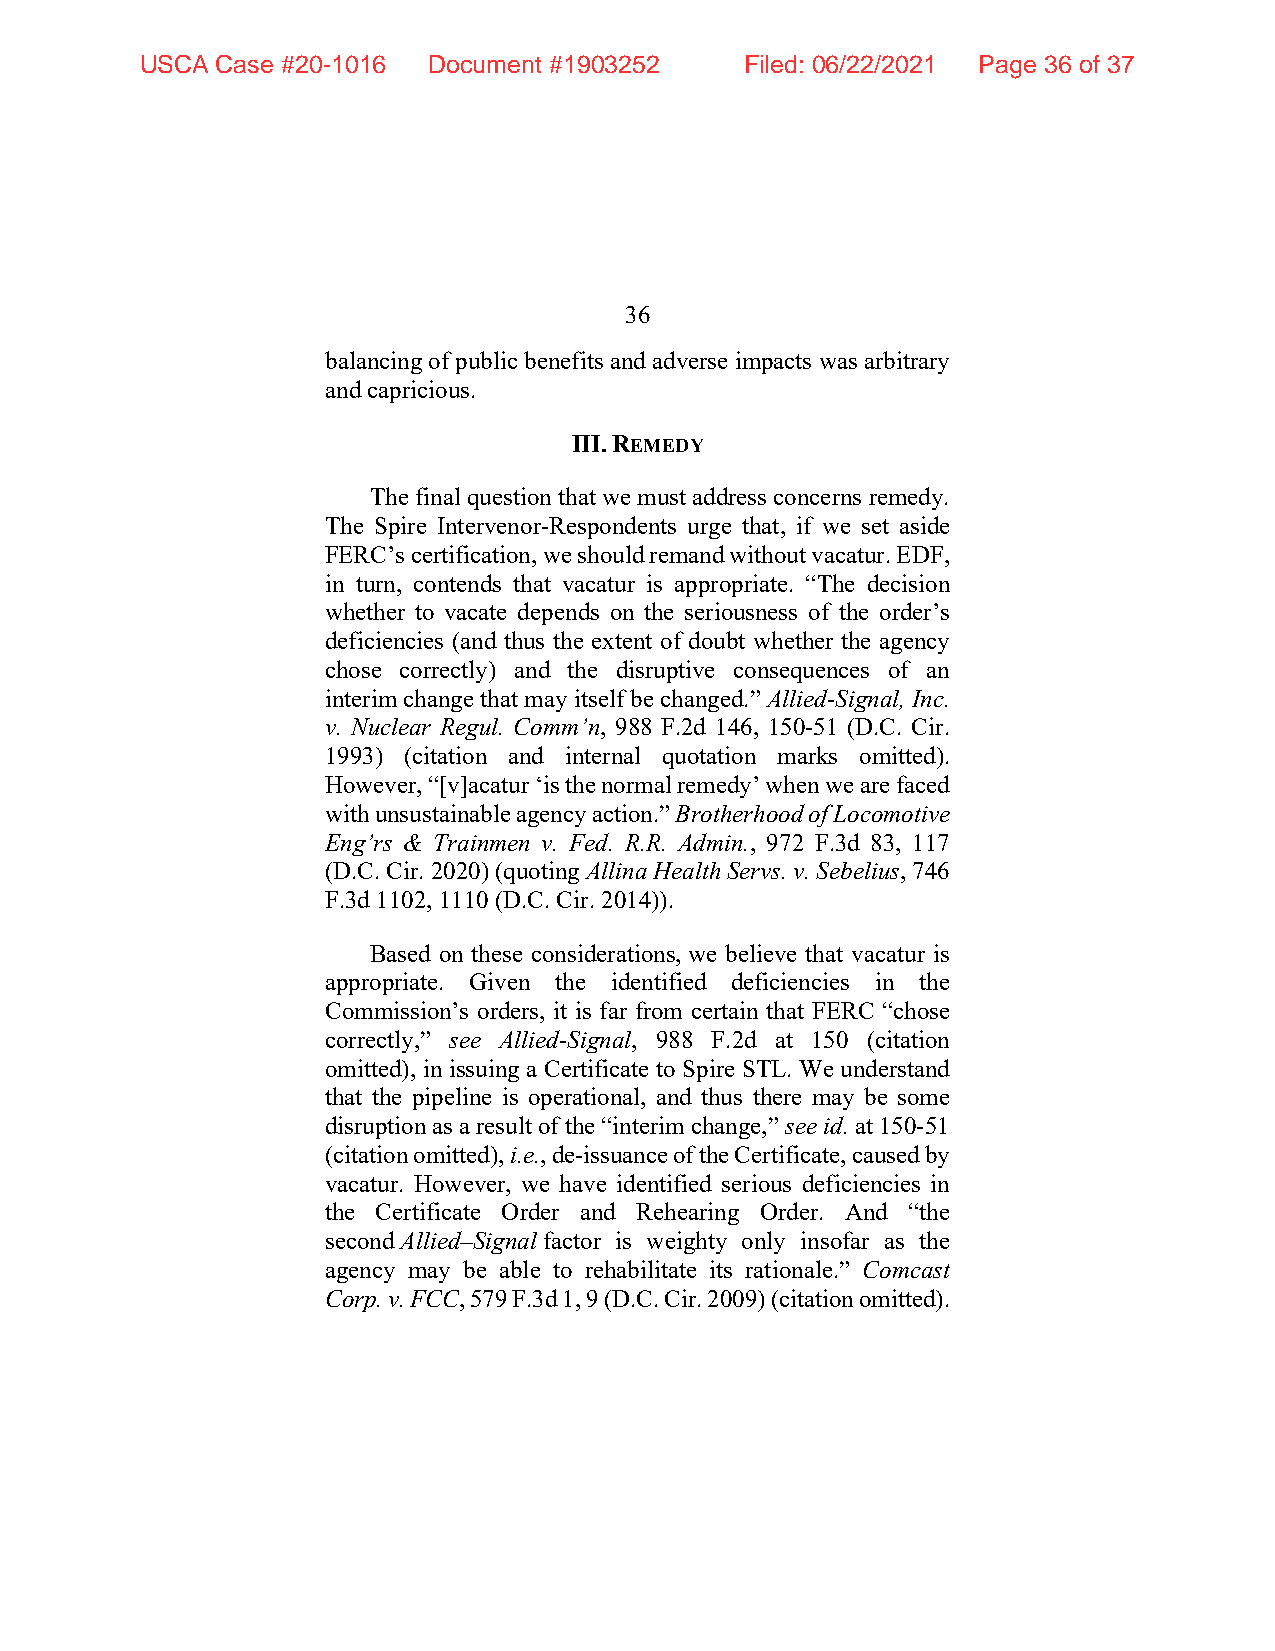
USCA Case #20-1016 Document #1903252    Filed: 06/22/2021 Page 36 of 37
 36
 balancing of public benefits and adverse impacts was arbitrary
 and capricious.
 III. REMEDY
 The final question that we must address concerns remedy.
 The Spire Intervenor-Respondents urge that, if we set aside
 FERC’s certification, we should remand without vacatur. EDF,
 in turn, contends that vacatur is appropriate. “The decision
 whether to vacate depends on the seriousness of the order’s
 deficiencies (and thus the extent of doubt whether the agency
 chose correctly) and the disruptive consequences of an
 interim change that may itself be changed.” Allied-Signal, Inc.
 v. Nuclear Regul. Comm’n, 988 F.2d 146, 150-51 (D.C. Cir.
 1993) (citation and internal quotation marks omitted).
 However, “[v]acatur ‘is the normal remedy’ when we are faced
 with unsustainable agency action.” Brotherhood of Locomotive
 Eng’rs & Trainmen v. Fed. R.R. Admin., 972 F.3d 83, 117
 (D.C. Cir. 2020) (quoting Allina Health Servs. v. Sebelius, 746
 F.3d 1102, 1110 (D.C. Cir. 2014)).
 Based on these considerations, we believe that vacatur is
 appropriate. Given the identified deficiencies in the
 Commission’s orders, it is far from certain that FERC “chose
 correctly,” see Allied-Signal, 988 F.2d at 150 (citation
 omitted), in issuing a Certificate to Spire STL. We understand
 that the pipeline is operational, and thus there may be some
 disruption as a result of the “interim change,” see id. at 150-51
 (citation omitted), i.e., de-issuance of the Certificate, caused by
 vacatur. However, we have identified serious deficiencies in
 the Certificate Order and Rehearing Order. And “the
 second Allied–Signal factor is weighty only insofar as the
 agency may be able to rehabilitate its rationale.” Comcast
 Corp. v. FCC, 579 F.3d 1, 9 (D.C. Cir. 2009) (citation omitted).